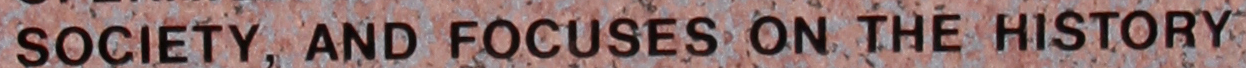
SOCIETY, AND FOCUSES ON THE HISTORY